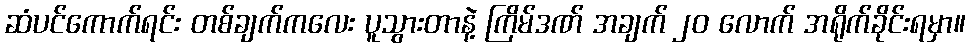
ဆံပင်ကောက်ရင်း တစ်ချက်ကလေး ပူသွားတာနဲ့ ကြိမ်ဒဏ် အချက် ၂၀ လောက် အရိုက်ခိုင်းရမှာ။